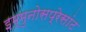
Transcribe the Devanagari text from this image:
इम्मुनोसप्रेसांट